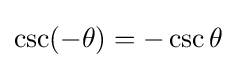
\csc(-\theta )=-\csc \theta